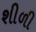
શીળી